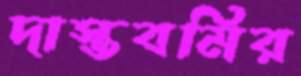
দাস্তবমির